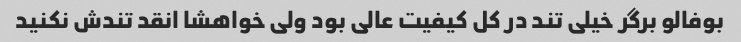
بوفالو برگر خیلی تند در کل کیفیت عالی بود ولی خواهشا انقد تندش نکنید